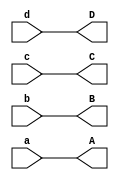
//implement a verilog program that takes 4-inputs and display it in 7-segment display using 7447
module bcdprint(D,C,B,A,d,c,b,a);
output D,C,B,A;
input d,c,b,a;
assign {D,C,B,A} = {d,c,b,a};
endmodule